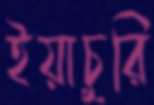
ইয়াচুরি